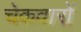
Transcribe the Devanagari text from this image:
चेकवारों